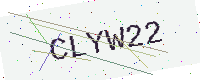
Text: CLYW22